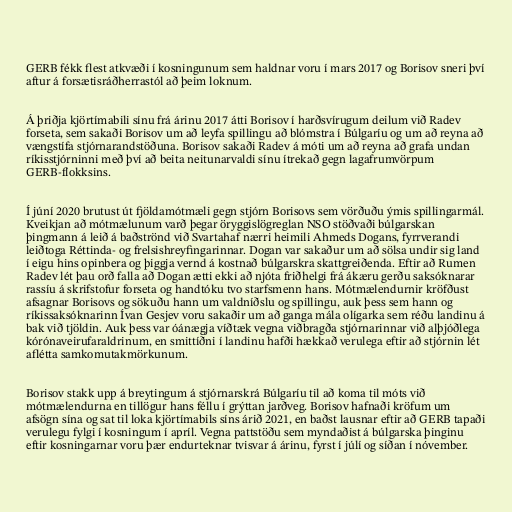
GERB fékk flest atkvæði í kosningunum sem haldnar voru í mars 2017 og Borisov sneri því
aftur á forsætisráðherrastól að þeim loknum.

Á þriðja kjörtímabili sínu frá árinu 2017 átti Borisov í harðsvírugum deilum við Radev
forseta, sem sakaði Borisov um að leyfa spillingu að blómstra í Búlgaríu og um að reyna að
vængstífa stjórnarandstöðuna. Borisov sakaði Radev á móti um að reyna að grafa undan
ríkisstjórninni með því að beita neitunarvaldi sínu ítrekað gegn lagafrumvörpum
GERB-flokksins.

Í júní 2020 brutust út fjöldamótmæli gegn stjórn Borisovs sem vörðuðu ýmis spillingarmál.
Kveikjan að mótmælunum varð þegar öryggislögreglan NSO stöðvaði búlgarskan
þingmann á leið á baðströnd við Svartahaf nærri heimili Ahmeds Dogans, fyrrverandi
leiðtoga Réttinda- og frelsishreyfingarinnar. Dogan var sakaður um að sölsa undir sig land
í eigu hins opinbera og þiggja vernd á kostnað búlgarskra skattgreiðenda. Eftir að Rumen
Radev lét þau orð falla að Dogan ætti ekki að njóta friðhelgi frá ákæru gerðu saksóknarar
rassíu á skrifstofur forseta og handtóku tvo starfsmenn hans. Mótmælendurnir kröfðust
afsagnar Borisovs og sökuðu hann um valdníðslu og spillingu, auk þess sem hann og
ríkissaksóknarinn Ívan Gesjev voru sakaðir um að ganga mála olígarka sem réðu landinu á
bak við tjöldin. Auk þess var óánægja víðtæk vegna viðbragða stjórnarinnar við alþjóðlega
kórónaveirufaraldrinum, en smittíðni í landinu hafði hækkað verulega eftir að stjórnin lét
aflétta samkomutakmörkunum.

Borisov stakk upp á breytingum á stjórnarskrá Búlgaríu til að koma til móts við
mótmælendurna en tillögur hans féllu í grýttan jarðveg. Borisov hafnaði kröfum um
afsögn sína og sat til loka kjörtímabils síns árið 2021, en baðst lausnar eftir að GERB tapaði
verulegu fylgi í kosningum í apríl. Vegna pattstöðu sem myndaðist á búlgarska þinginu
eftir kosningarnar voru þær endurteknar tvisvar á árinu, fyrst í júlí og síðan í nóvember.